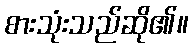
စားသုံးသည်ဆို၏။